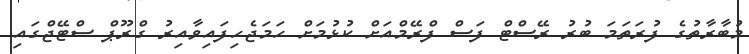
މުބާރާތުގެ ފުރަތަމަ ބުރު ރޭސްޓް ފަސް ފްރޭމްއަށް ކުޅުމަށް ހަމަޖެހިފައިވާއިރު ގްރޫޕް ސްޓޭޖްގައި